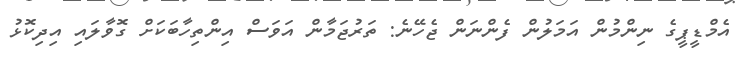
އެމްޑީޕީގެ ނިންމުން އަމަލުން ފެންނަން ޖެހޭނެ: ތަރުޖަމާން އަވަސް އިންތިހާބަކަށް ގޮވާލައި އިދިކޮޅު